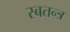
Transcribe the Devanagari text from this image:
स्बतन्त्र